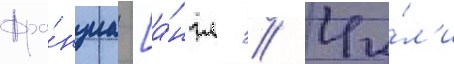
Фра́нциа [а́нгл. // Чи́л'и